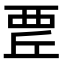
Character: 𧟬